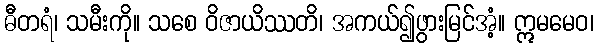
ဓီတရံ၊ သမီးကို။ သစေ ဝိဇာယိဿတိ၊ အကယ်၍ဖွားမြင်အံ့။ ဣမမေဝ၊